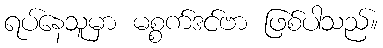
ရပ်နေသူမှာ မစ္စက်ဒင်ဗာ ဖြစ်ပါသည်။